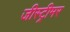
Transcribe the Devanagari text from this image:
जीस्ट्रीमर